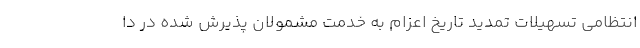
انتظامی تسهیلات تمدید تاریخ اعزام به خدمت مشمولان پذیرش شده در دا